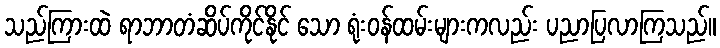
သည်ကြားထဲ ရာဘာတံဆိပ်ကိုင်နိုင် သော ရုံးဝန်ထမ်းများကလည်း ပညာပြလာကြသည်။